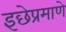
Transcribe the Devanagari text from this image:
इछेप्रमाणे